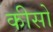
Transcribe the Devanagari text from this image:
कीसो